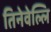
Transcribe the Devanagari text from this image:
तिनेवेल्लि